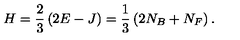
H = \frac { 2 } { 3 } \left( 2 E - J \right) = \frac { 1 } { 3 } \left( 2 N _ { B } + N _ { F } \right) .